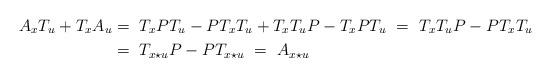
LaTeX: \begin{align*}A_x T_u + T_xA_u &=~ T_xPT_u - PT_xT_u + T_xT_uP - T_xPT_u ~=~ T_xT_uP - PT_xT_u \\&=~ T_{x\star u} P - PT_{x\star u} ~=~ A_{x\star u} \end{align*}